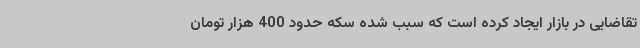
تقاضایی در بازار ایجاد کرده است که سبب شده سکه حدود 400 هزار تومان